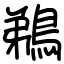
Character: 鵜